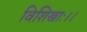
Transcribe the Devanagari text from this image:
विशिखाः।।